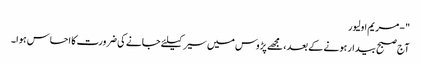
" - مریم اولیور
آج صبح بیدار ہونے کے بعد ، مجھے پڑوس میں سیر کیلئے جانے کی ضرورت کا احساس ہوا۔